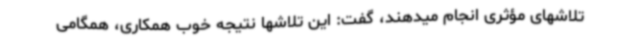
تلاشهای مؤثری انجام میدهند، گفت: این تلاشها نتیجه خوب همکاری، همگامی